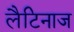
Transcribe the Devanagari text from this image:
लैटिनाज